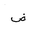
Letter: _dad